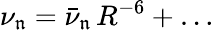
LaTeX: \nu_{\mathfrak{n}}=\bar{\nu}_{\mathfrak{n}}\, R^{-6}+\dots